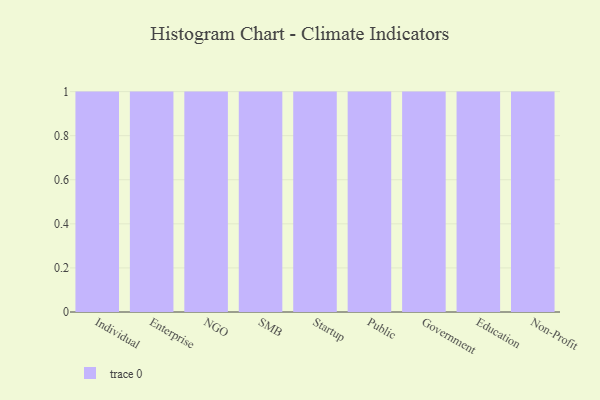
{"axis": {"x": "Segment", "y": "Waste Production (Tons)"}, "legend": [""], "data": [{"x": "Individual", "y": 76, "type": ""}, {"x": "Enterprise", "y": 32, "type": ""}, {"x": "NGO", "y": 75, "type": ""}, {"x": "SMB", "y": 55, "type": ""}, {"x": "Startup", "y": 73, "type": ""}, {"x": "Public", "y": 36, "type": ""}, {"x": "Government", "y": 12, "type": ""}, {"x": "Education", "y": 31, "type": ""}, {"x": "Non-Profit", "y": 93, "type": ""}]}